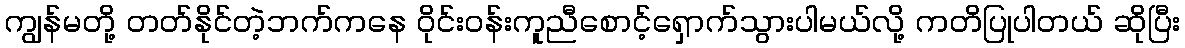
ကျွန်မတို့ တတ်နိုင်တဲ့ဘက်ကနေ ဝိုင်းဝန်းကူညီစောင့်ရှောက်သွားပါမယ်လို့ ကတိပြုပါတယ် ဆိုပြီး